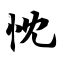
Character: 忱